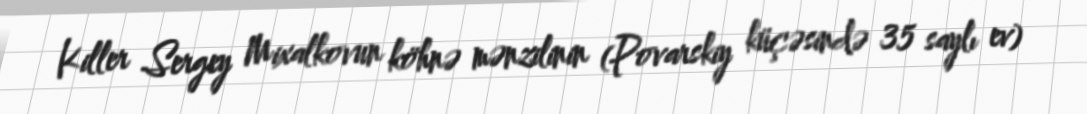
Killer Sergey Mixalkovun köhnə mənzilinin (Povarskiy küçəsində 35 saylı ev)